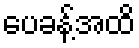
ပေခန့်အထိ